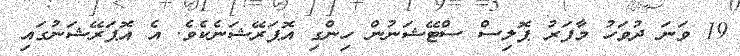
19 ވަނަ ދުވަހު މާފަރު ޕޮލިސް ސްޓޭޝަނުން ހިންގި އޮޕަރޭޝަނެކެވެ. އެ އޮޕަރޭޝަނުގައި